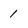
Character: 1